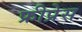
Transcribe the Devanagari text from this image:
फ्रीप्रेस